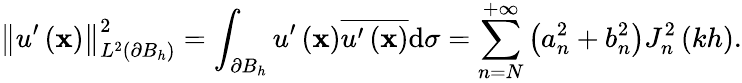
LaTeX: \left\Vert u^{\prime}\left(\mathbf{x}\right)\right\Vert_{L^{2}\left(\partial B_{h}\right)}^{2}=\int_{\partial B_{h}}u^{\prime}\left(\mathbf{x}\right)\overline{{u^{\prime}\left(\mathbf{x}\right)}}\mathrm{d}\sigma=\sum_{n=N}^{+\infty}\left(a_{n}^{2}+b_{n}^{2}\right)J_{n}^{2}\left(kh\right).